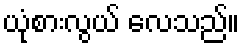
ယုံစားလွယ် လေသည်။